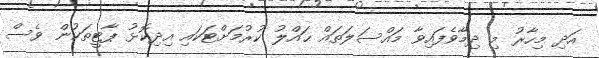
އަދި މިހާރު މި ދިމާވެފައިވާ މައްސަލަތައް ޙައްލު ކުރުމަށްޓަކައި އިދިކޮޅު ޕާޓީތަކުން ވެސް